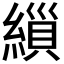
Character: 𮈸